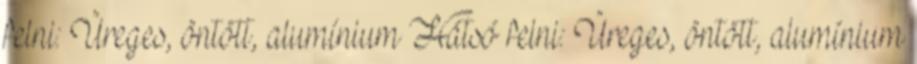
felni: Üreges, öntött, alumínium Hátsó felni: Üreges, öntött, alumínium